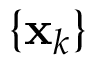
\{ { \bf { x } } _ { k } \}